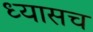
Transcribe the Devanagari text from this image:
ध्यासच